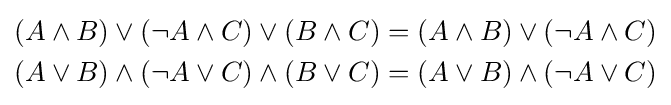
{\begin{aligned}(A\wedge B)\vee (\lnot A\wedge C)\vee (B\wedge C)&=(A\wedge B)\vee (\lnot A\wedge C)\\(A\vee B)\wedge (\lnot A\vee C)\wedge (B\vee C)&=(A\vee B)\wedge (\lnot A\vee C)\end{aligned}}